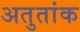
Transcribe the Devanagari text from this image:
अतुतांक